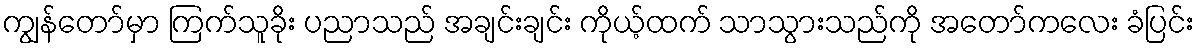
ကျွန်တော်မှာ ကြက်သူခိုး ပညာသည် အချင်းချင်း ကိုယ့်ထက် သာသွားသည်ကို အတော်ကလေး ခံပြင်း